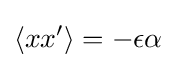
\langle xx'\rangle =-\epsilon \alpha